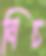
নিচ